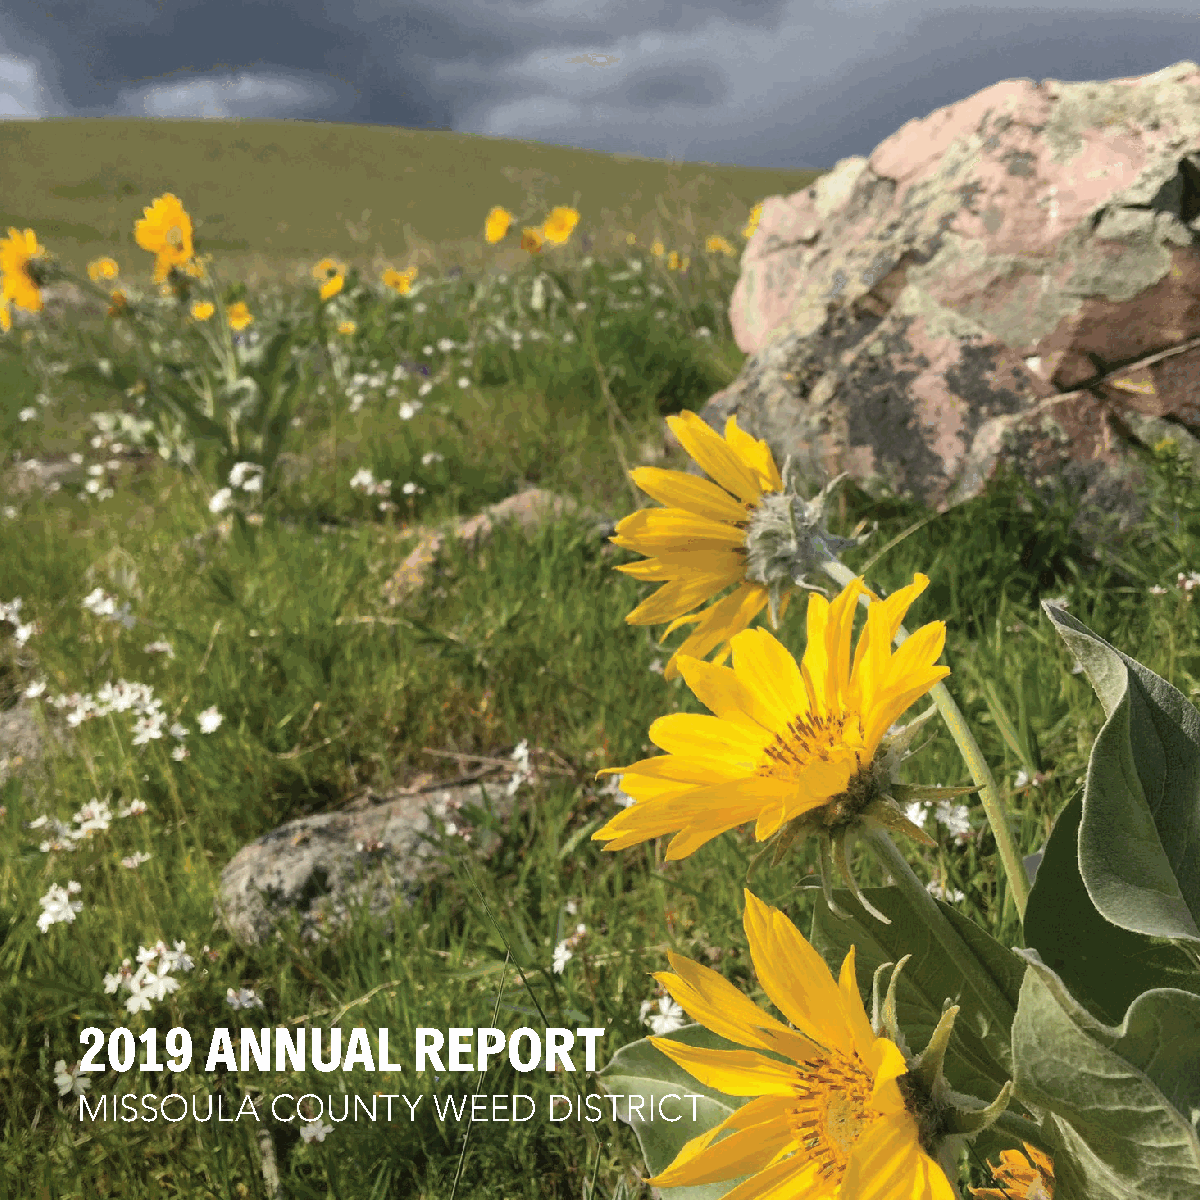
2019     ANNUAL       REPORT
 MISSOULA     COUNTY     WEED   DISTRICT